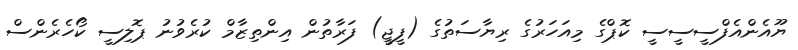
ޔޫއެންއެފްސީސީސީ ކޮޕްގެ މިއަހަރުގެ ރިޔާސަތުގެ (ފީޖީ) ފަރާތުން އިންތިޒާމް ކުރެވުނު ޕޮލިސީ ކޯހެރެންސް